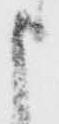
申